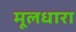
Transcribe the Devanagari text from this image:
मूलधारा